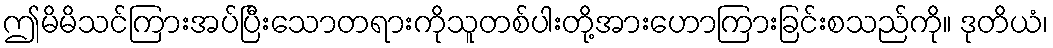
ဤမိမိသင်ကြားအပ်ပြီးသောတရားကိုသူတစ်ပါးတို့အားဟောကြားခြင်းစသည်ကို။ ဒုတိယံ၊